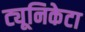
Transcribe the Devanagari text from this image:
ट्यूनिकेटा